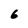
Character: 6